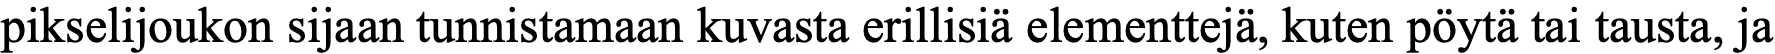
pikselijoukon sijaan tunnistamaan kuvasta erillisiä elementtejä, kuten pöytä tai tausta, ja